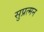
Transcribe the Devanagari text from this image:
सुप्रत्मन